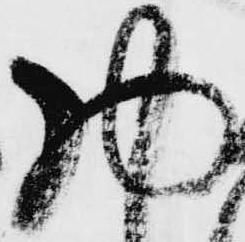
物